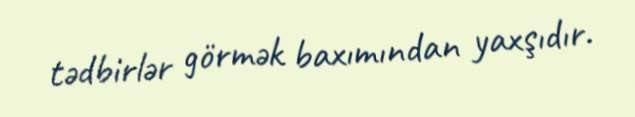
tədbirlər görmək baxımından yaxşıdır.